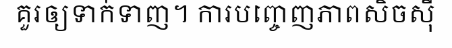
គួរឲ្យទាក់ទាញ។ ការបញ្ចេញភាពសិចស៊ី